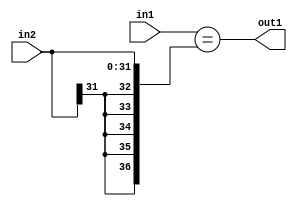
`timescale 1ps / 1ps
/*****************************************************************************
    Verilog RTL Description
    
    
    Created by: Stratus DpOpt 21.05.01 
*******************************************************************************/

module SobelFilter_Equal_32Sx4U_1U_4 (
	in2,
	in1,
	out1
	); /* architecture "behavioural" */ 
input [31:0] in2;
input [3:0] in1;
output  out1;
wire  asc001;

assign asc001 = (in1=={{5{in2[31]}}, in2});

assign out1 = asc001;
endmodule

/* CADENCE  ubHzSgk= : u9/ySxbfrwZIxEzHVQQV8Q== ** DO NOT EDIT THIS LINE ******/